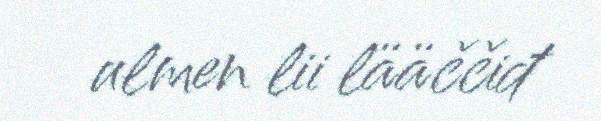
ulmen lii lääččiđ